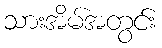
သားအိမ်အတွင်း